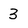
Character: 3